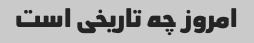
امروز چه تاریخی است